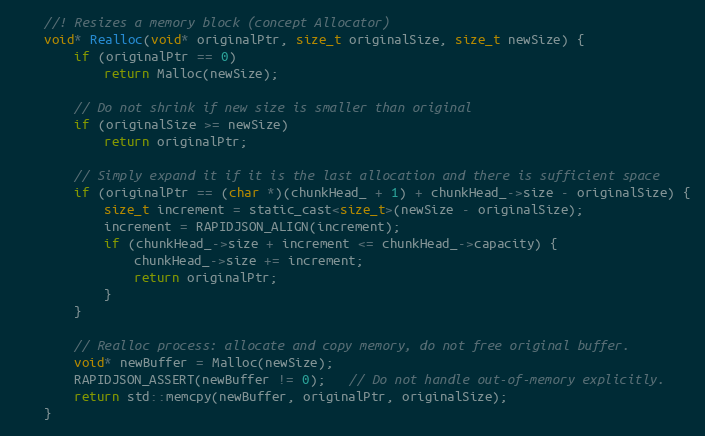
Language: C
    //! Resizes a memory block (concept Allocator)
    void* Realloc(void* originalPtr, size_t originalSize, size_t newSize) {
        if (originalPtr == 0)
            return Malloc(newSize);

        // Do not shrink if new size is smaller than original
        if (originalSize >= newSize)
            return originalPtr;

        // Simply expand it if it is the last allocation and there is sufficient space
        if (originalPtr == (char *)(chunkHead_ + 1) + chunkHead_->size - originalSize) {
            size_t increment = static_cast<size_t>(newSize - originalSize);
            increment = RAPIDJSON_ALIGN(increment);
            if (chunkHead_->size + increment <= chunkHead_->capacity) {
                chunkHead_->size += increment;
                return originalPtr;
            }
        }

        // Realloc process: allocate and copy memory, do not free original buffer.
        void* newBuffer = Malloc(newSize);
        RAPIDJSON_ASSERT(newBuffer != 0);   // Do not handle out-of-memory explicitly.
        return std::memcpy(newBuffer, originalPtr, originalSize);
    }